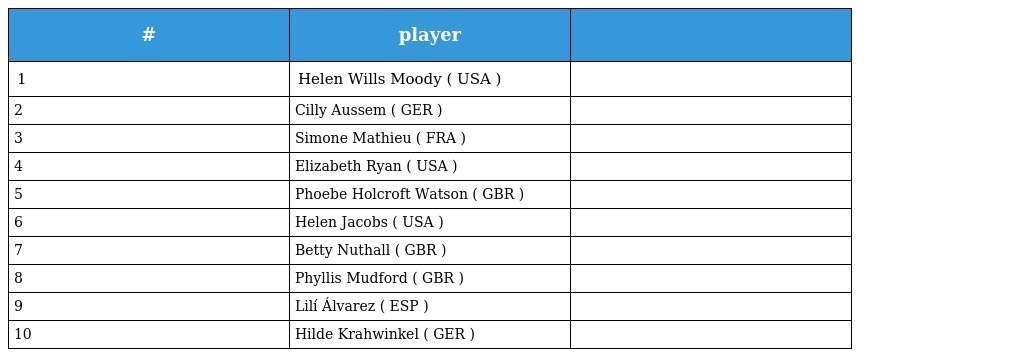
| # | player |  |
 | --- | --- | --- |
 | 1 | Helen Wills Moody ( USA ) |  |
 | 2 | Cilly Aussem ( GER ) |  |
 | 3 | Simone Mathieu ( FRA ) |  |
 | 4 | Elizabeth Ryan ( USA ) |  |
 | 5 | Phoebe Holcroft Watson ( GBR ) |  |
 | 6 | Helen Jacobs ( USA ) |  |
 | 7 | Betty Nuthall ( GBR ) |  |
 | 8 | Phyllis Mudford ( GBR ) |  |
 | 9 | Lilí Álvarez ( ESP ) |  |
 | 10 | Hilde Krahwinkel ( GER ) |  |